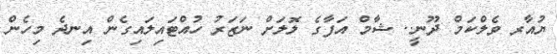
ޔުއާރ ވެލްކަމް ދޫނީ.. ޝާމް އަފާގެ ލޮލަށް ނަޒަރު ހުއްޓައިލައިގެން އިނދެ މިހެން